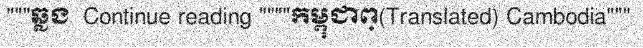
"""ឆ្លង  Continue reading """"កម្ពុជាព្(Translated) Cambodia"""